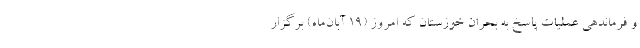
و فرماندهی عملیات پاسخ به بحران خوزستان که امروز (۱۹ آبان‌ماه) برگزار